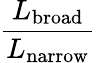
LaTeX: \frac{L_{\mathrm{broad}}}{L_{\mathrm{narrow}}}